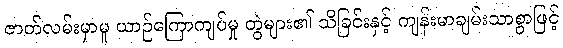
ဇာတ်လမ်းမှာမူ ယာဉ်ကြောကျပ်မှု တွဲများ၏ သိခြင်းနှင့် ကျန်းမာချမ်းသာစွာဖြင့်